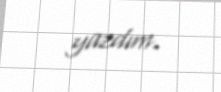
yazdım.